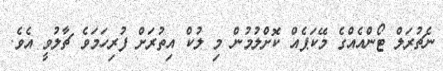
ނެޗުރަލް ޓޯންއެއްގެ މޭކަޕެއް ކޮށްލުމުން މި ލުކް އިތުރަށް ފުރިހަމަވެ ޗާލުވީ އެވެ.